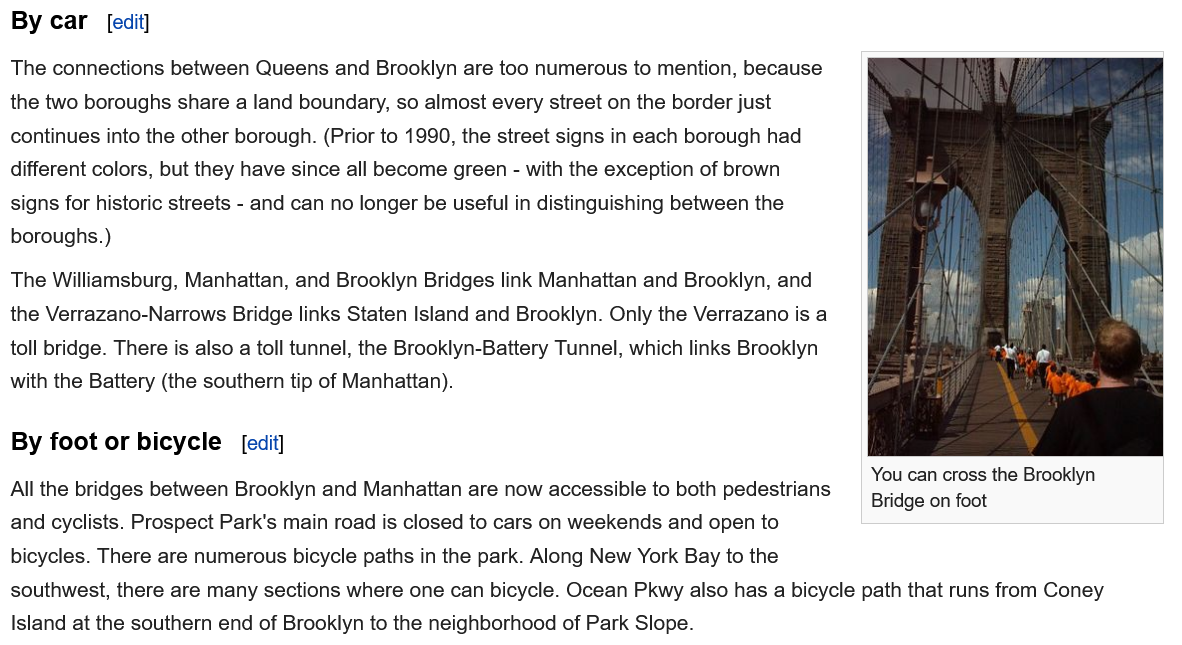
All the bridges between Brooklyn and Manhattan are now accessible to both pedestrians
  and cyclists. Prospect Park's main road is closed to cars on weekends and open to
  bicycles. There are numerous bicycle paths in the park. Along New York Bay to the
     [edit]
  southwest, there are many sections where one can bicycle. Ocean Pkwy also has a bicycle path that runs from Coney
  Island at the southern end of Brooklyn to the neighborhood of Park Slope.
     You can cross the Brooklyn
     Bridge on foot
  By car
  By foot or bicycle
     [edit]
  The Williamsburg, Manhattan, and Brooklyn Bridges link Manhattan and Brooklyn, and
  the Verrazano-Narrows Bridge links Staten Island and Brooklyn. Only the Verrazano is a
  toll bridge. There is also
  a
     toll tunnel, the Brooklyn-Battery Tunnel, which links Brooklyn
  with the Battery (the southern tip of Manhattan).
  The connections between Queens and Brooklyn are too numerous to mention, because
  the two boroughs share a land boundary, so almost every street on the border just
  continues into the other borough. (Prior to 1990, the street signs in each borough had
  different colors, but they have since all become green
     -
     with the exception of brown
  signs for historic streets
     -
     and can no longer be useful in distinguishing between the
  boroughs. )